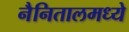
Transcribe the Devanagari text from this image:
नैनितालमध्ये